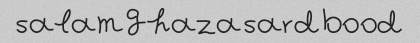
salam ghaza sard bood